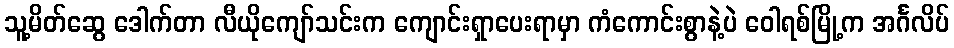
သူ့မိတ်ဆွေ ဒေါက်တာ လီယိုကျော်သင်းက ကျောင်းရှာပေးရာမှာ ကံကောင်းစွာနဲ့ပဲ ဝေါရစ်မြို့က အင်္ဂလိပ်